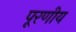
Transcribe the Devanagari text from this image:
पूरणीय